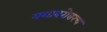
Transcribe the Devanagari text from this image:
यशाबरोबरच